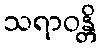
သရာဝန္တိ